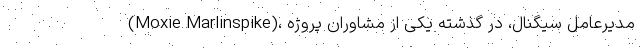
(Moxie Marlinspike)، مدیرعامل سیگنال، در گذشته یکی از مشاوران پروژه